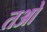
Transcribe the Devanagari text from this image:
तओ